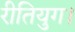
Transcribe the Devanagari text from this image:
रीतियुग।